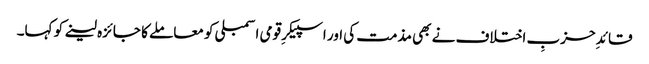
قائدِ حزبِ اختلاف نے بھی مذمت کی اور اسپیکرِ قومی اسمبلی کو معاملے کا جائزہ لینے کو کہا۔